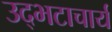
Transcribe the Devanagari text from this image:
उद्भटाचार्य